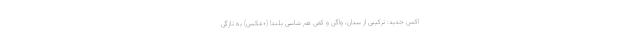
اکس جدید: ترکیبی از سدان، واگن و کمی هم شاسی بلند! (+عکس) به تازگی